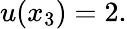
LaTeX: u(x_{3})=2.